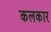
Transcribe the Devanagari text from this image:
कलकार